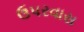
ઉપરવાસ